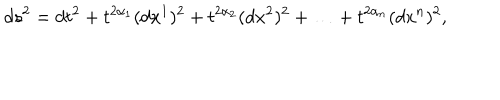
d s ^ { 2 } = d t ^ { 2 } + t ^ { 2 \alpha _ { 1 } } ( d x ^ { 1 } ) ^ { 2 } + t ^ { 2 \alpha _ { 2 } } ( d x ^ { 2 } ) ^ { 2 } + \ldots + t ^ { 2 \alpha _ { n } } ( d x ^ { n } ) ^ { 2 } ,